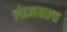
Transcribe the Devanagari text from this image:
लंडनवाला